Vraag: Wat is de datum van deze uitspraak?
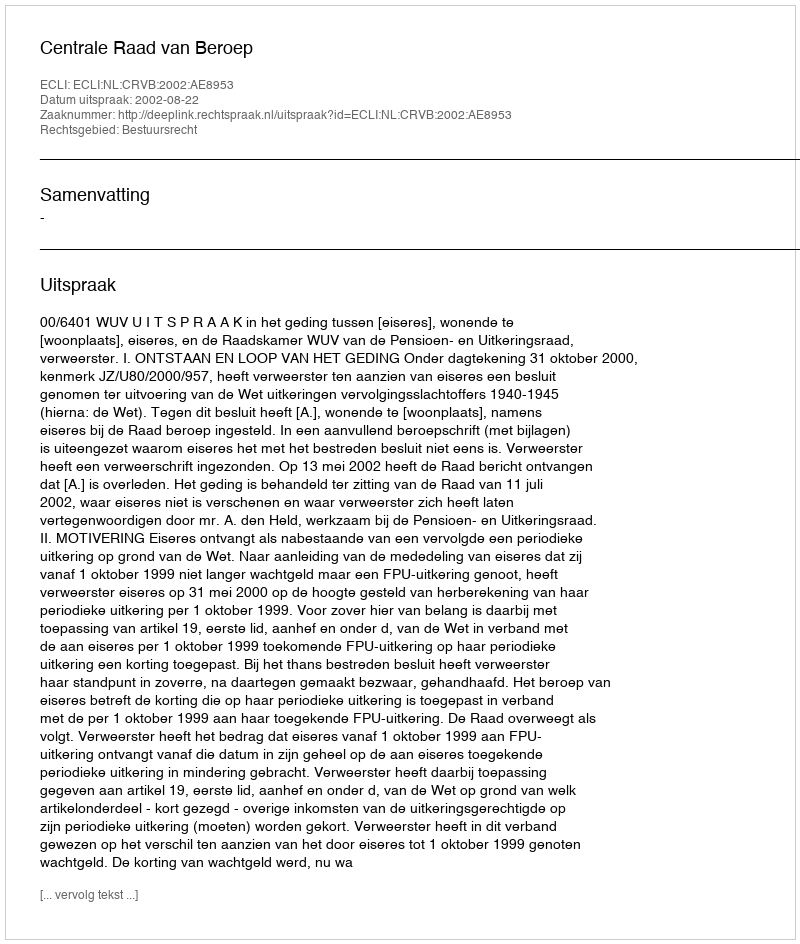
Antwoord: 2002-08-22